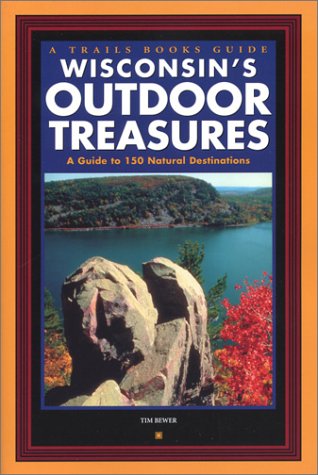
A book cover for Wisconsin's Outdoor Treasures: A Guide to 150 Natural Destinations (Trails Books Guide); Tim Bewer; Travel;